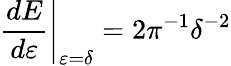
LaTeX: \left.\frac{d{E}}{d{\varepsilon}}\right|_{\varepsilon=\delta}=2\pi^{-1}\delta^{-2}